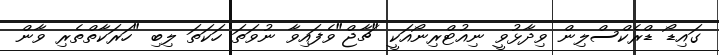
ގައިޑޯ ޑްރެކްސްލިން ވިދާޅުވީ ނިއުޓްރިނޯއަކީ "ޗާޖް"ވެފައިވާ ނުވަތަ ހަކަތަ ލިބި "ހަރަކާތްތެރި ވާން